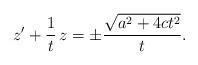
LaTeX: \begin{align*} z' + \frac{1}{t}\, z = \pm \frac{\sqrt{a^2 +4ct^2}}{t}.\end{align*}